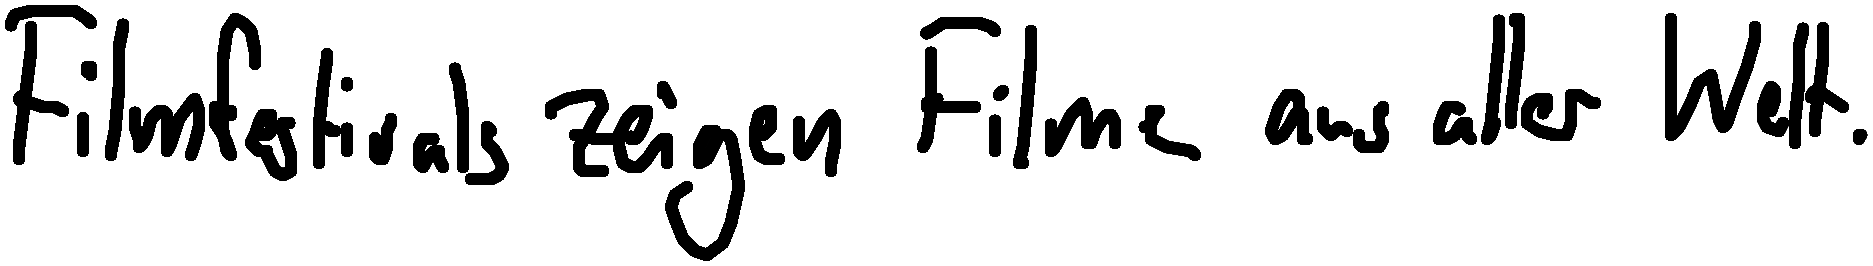
Filmfestivals zeigen Filme aus aller Welt.